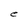
Character: e